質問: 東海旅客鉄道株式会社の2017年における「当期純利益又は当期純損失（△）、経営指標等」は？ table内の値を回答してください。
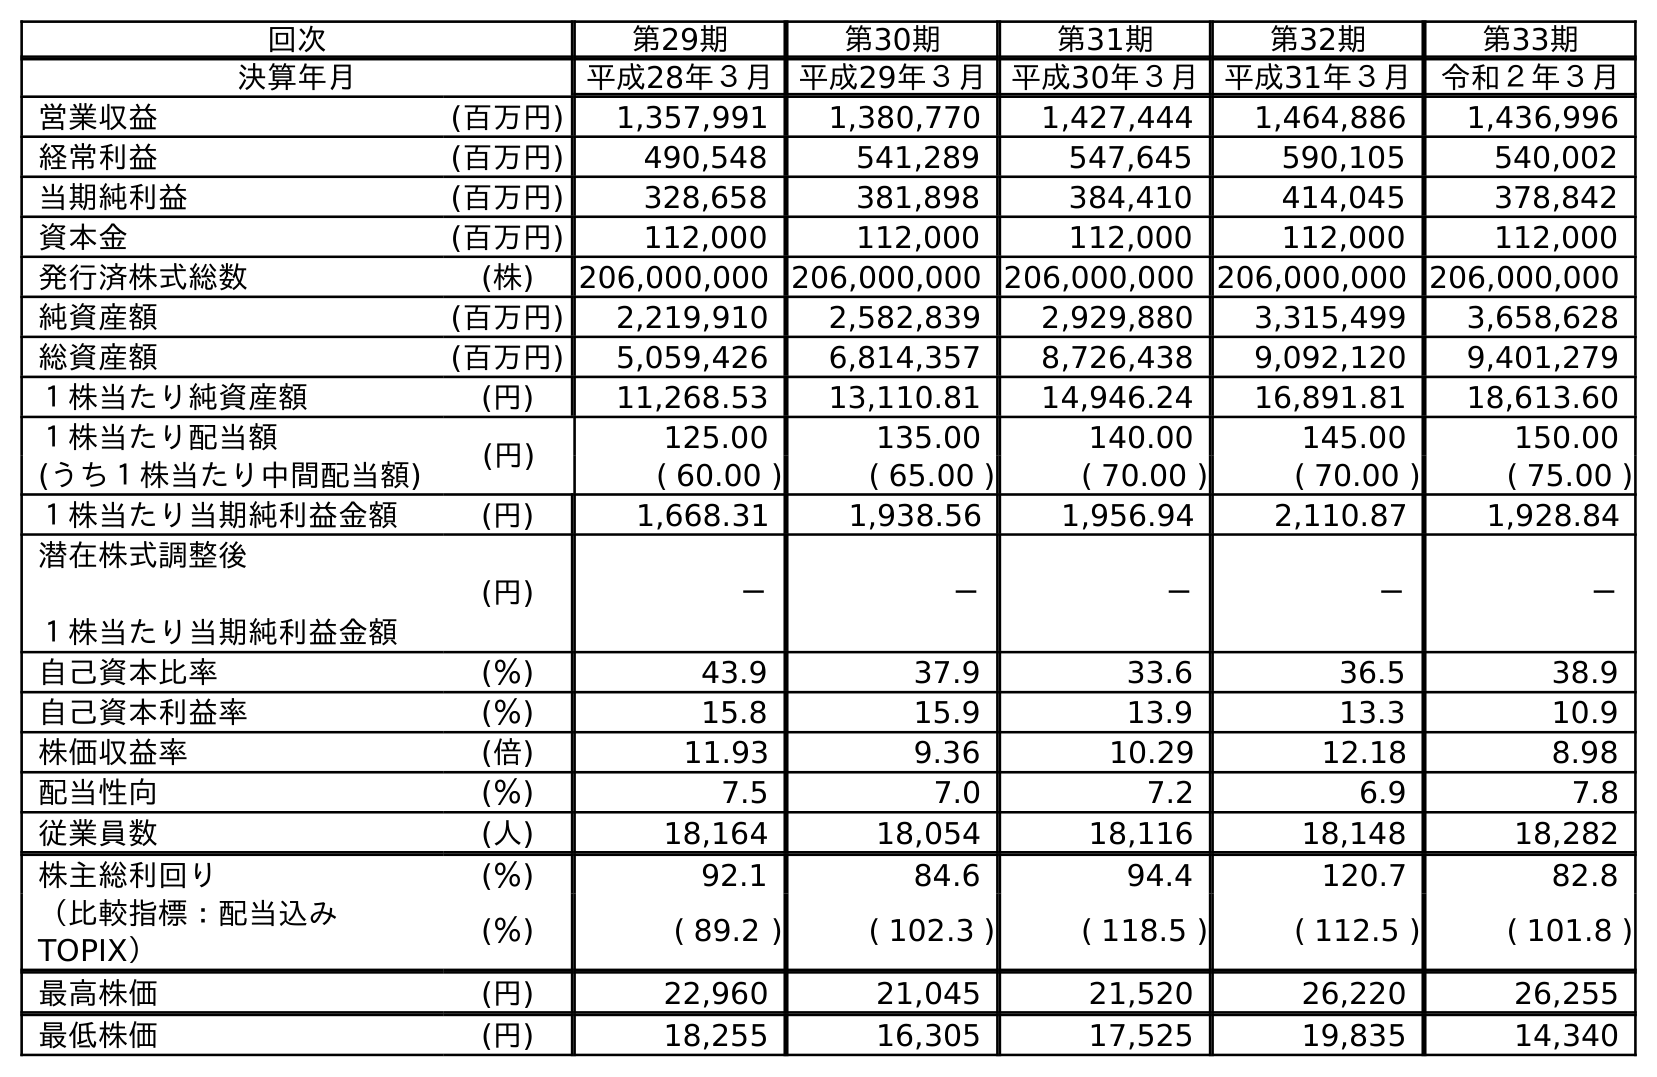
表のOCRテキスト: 回次 第29期 第30期 第31期 第32期 第33期 決算年月 平成28年３月 平成29年３月 平成30年３月 平成31年３月 令和２年３月 営業収益 (百万円) 1,357,991 1,380,770 1,427,444 1,464,886 1,436,996 経常利益 (百万円) 490,548 541,289 547,645 590,105 540,002 当期純利益 (百万円) 328,658 381,898 384,410 414,045 378,842 資本金 (百万円) 112,000 112,000 112,000 112,000 112,000 発行済株式総数 (株) 206,000,000 206,000,000 206,000,000 206,000,000 206,000,000 純資産額 (百万円) 2,219,910 2,582,839 2,929,880 3,315,499 3,658,628 総資産額 (百万円) 5,059,426 6,814,357 8,726,438 9,092,120 9,401,279 １株当たり純資産額 (円) 11,268.53 13,110.81 14,946.24 16,891.81 18,613.60 １株当たり配当額 (円) 125.00 135.00 140.00 145.00 150.00 (うち１株当たり中間配当額) ( 60.00 ) ( 65.00 ) ( 70.00 ) ( 70.00 ) ( 75.00 ) １株当たり当期純利益金額 (円) 1,668.31 1,938.56 1,956.94 2,110.87 1,928.84 潜在株式調整後 １株当たり当期純利益金額 (円) － － － － － 自己資本比率 (％) 43.9 37.9 33.6 36.5 38.9 自己資本利益率 (％) 15.8 15.9 13.9 13.3 10.9 株価収益率 (倍) 11.93 9.36 10.29 12.18 8.98 配当性向 (％) 7.5 7.0 7.2 6.9 7.8 従業員数 (人) 18,164 18,054 18,116 18,148 18,282 株主総利回り (％) 92.1 84.6 94.4 120.7 82.8 （比較指標：配当込み TOPIX） (％) ( 89.2 ) ( 102.3 ) ( 118.5 ) ( 112.5 ) ( 101.8 ) 最高株価 (円) 22,960 21,045 21,520 26,220 26,255 最低株価 (円) 18,255 16,305 17,525 19,835 14,340
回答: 381,898